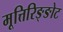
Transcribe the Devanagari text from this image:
मूत्तिरिङ्ङोट